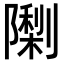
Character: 𮥨